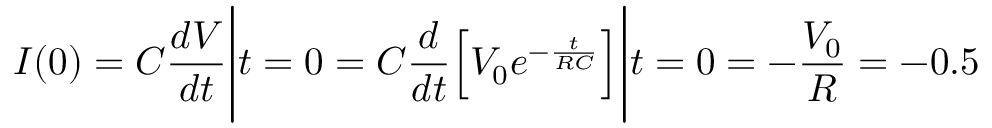
I ( 0 ) = C \frac { d V } { d t } \Bigg | { t = 0 } = C \frac { d } { d t } \Big [ V _ { 0 } e ^ { - \frac { t } { R C } } \Big ] \Bigg | { t = 0 } = - \frac { V _ { 0 } } { R } = - 0 . 5